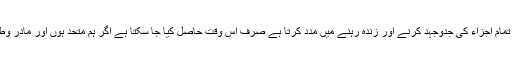
انہوں نے کہا، "ایک ایسے سماج کے قیام کا ہدف جو اپنے تمام اجزاء کی جدوجہد کرنے اور زندہ رہنے میں مدد کرتا ہے صرف اس وقت حاصل کیا جا سکتا ہے اگر ہم متحد ہوں اور مادرِ وطن کے بہترین مفاد میں تمام اختلافات کو پسِ پشت ڈال دیں۔